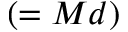
( = M d )